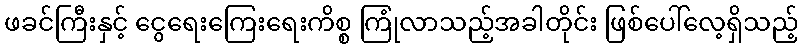
ဖခင်ကြီးနှင့် ငွေရေးကြေးရေးကိစ္စ ကြုံလာသည့်အခါတိုင်း ဖြစ်ပေါ်လေ့ရှိသည့်